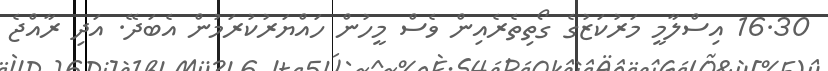
16.30 އިސްލާމީ މަރުކަޒުގެ ގޯތިތެރެއިން ވެސް މީހުން ހައްޔަރުކުރަމުން އެބަދޭ. އަދި ރާއްޖެ